Vaccination in Burma 1920-1933 - 1920-1933
Year: 1920
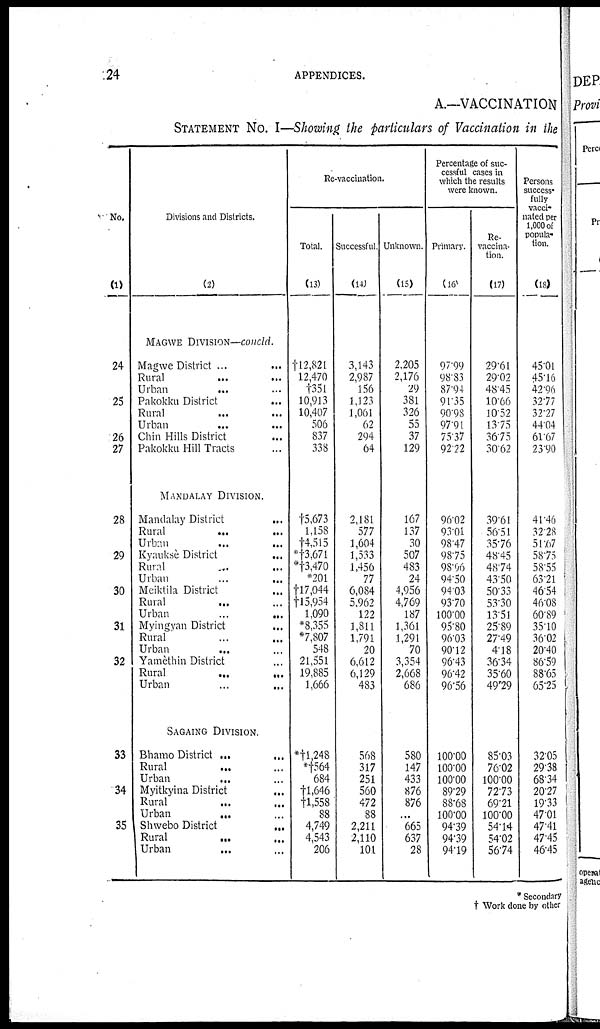
24
APPENDICES.
A.—VACCINATION
STATEMENT No. I—Showing the particulars of Vaccination in the
No.
(1)
24
25
26
27
28
29
30
31
32
33
34
35
Divisions and Districts.
(2)
MAGWE DIVISION—concld.
Magwe District ...
Rural... ...
Urban...
...
Pakokku District
...
...
Rural... ...
Urban... ...
Chin Hills District... ...
Pakokku Hill Tracts... ...
MANDALAY DIVISION.
Mandalay District ...
Rural... ...
Urban
...
...
Kyauksè District
...
Rural... ...
Urban...
...
Meiktila District... ...
Rural... ...
Urban...
...
Myingyan District... ...
Rural... ...
Urban... ...
Yamèthin District... ...
Rural...
...
Urban... ...
SAGAING DIVISION.
Bhamo District ... ...
Rural... ...
Urban... ...
Myitkyina District
...
Rural... ...
Urban...
...
Shwebo
District.
...
Rural...
...
Urban... ...
Re-vaccination.
Total.
(13)
†l2,821
12,470
†35l
10,913
10,407
506
837
338
†5,673
1,158
†4,515
*†3,671
*†3,470
*201
†17,044
†15,954
1,090
*8,355
*7,807
548
21,551
19,885
1,666
*†1,248
*†564
684
†1,646
†1,558
88
4,749
4,543
206
Successful.
(14)
3,143
2,987
156
1,123
1,061
62
294
64
2,181
577
1,604
1,533
1,456
77
6,084
5,962
122
1,811
1,791
20
6,612
6,129
483
568
317
251
560
472
88
2,211
2,110
101
Unknown.
(15)
2,205
2,176
29
381
326
55
37
129
167
137
30
507
483
24
4,956
4,769
187
1,361
1,291
70
3,354
2,668
686
580
147
433
876
876
...
665
637
28
Percentage of suc-
cessful cases in
which the results
were known.
Primary.
(16)
97.99
98.83
87.94
91.35
90.98
97.91
75.37
92.22
96.02
93.01
98.47
98.75
98.06
94.50
94.03
93.70
100.00
95.80
96.03
90.12
96.43
96.42
96.56
100.00
100.00
100.00
89.29
88.68
100.00
94.39
94.39
94.19
Re-
vaccina-
tion.
(17)
29.61
29.02
48.45
10.66
10.52
13.75
36.75
30.62
39.61
56.51
35.76
48.45
48.74
43.50
50.33
53.30
13.51
25.89
27.49
4.18
36.34
35.60
49.29
85.03
76.02
100.00
72.73
69.21
100.00
54.14
54.02
56.74
Persons
success-
fully
vacci-
nated per
1,000 of
popula-
tion.
(18)
45.01
45.16
42.96
32.77
32.27
44.04
61.67
23.90
41.46
32.28
51.67
58.75
58.55
63.21
46.54
46.08
60.89
35.10
36.02
20.40
86.59
88.65
65.25
32.05
29.38
68.34
20.27
19.33
47.01
47.41
47.45
46.45
* Secondary
† Work done by other